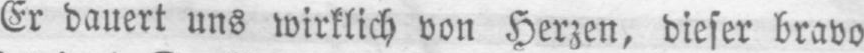
Er dauert uns wirklich von Herzen, dieser bravo